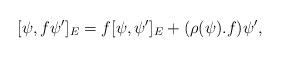
LaTeX: \begin{align*} [\psi,f\psi']_{E} = f [\psi,\psi']_{E} + (\rho(\psi).f) \psi', \end{align*}